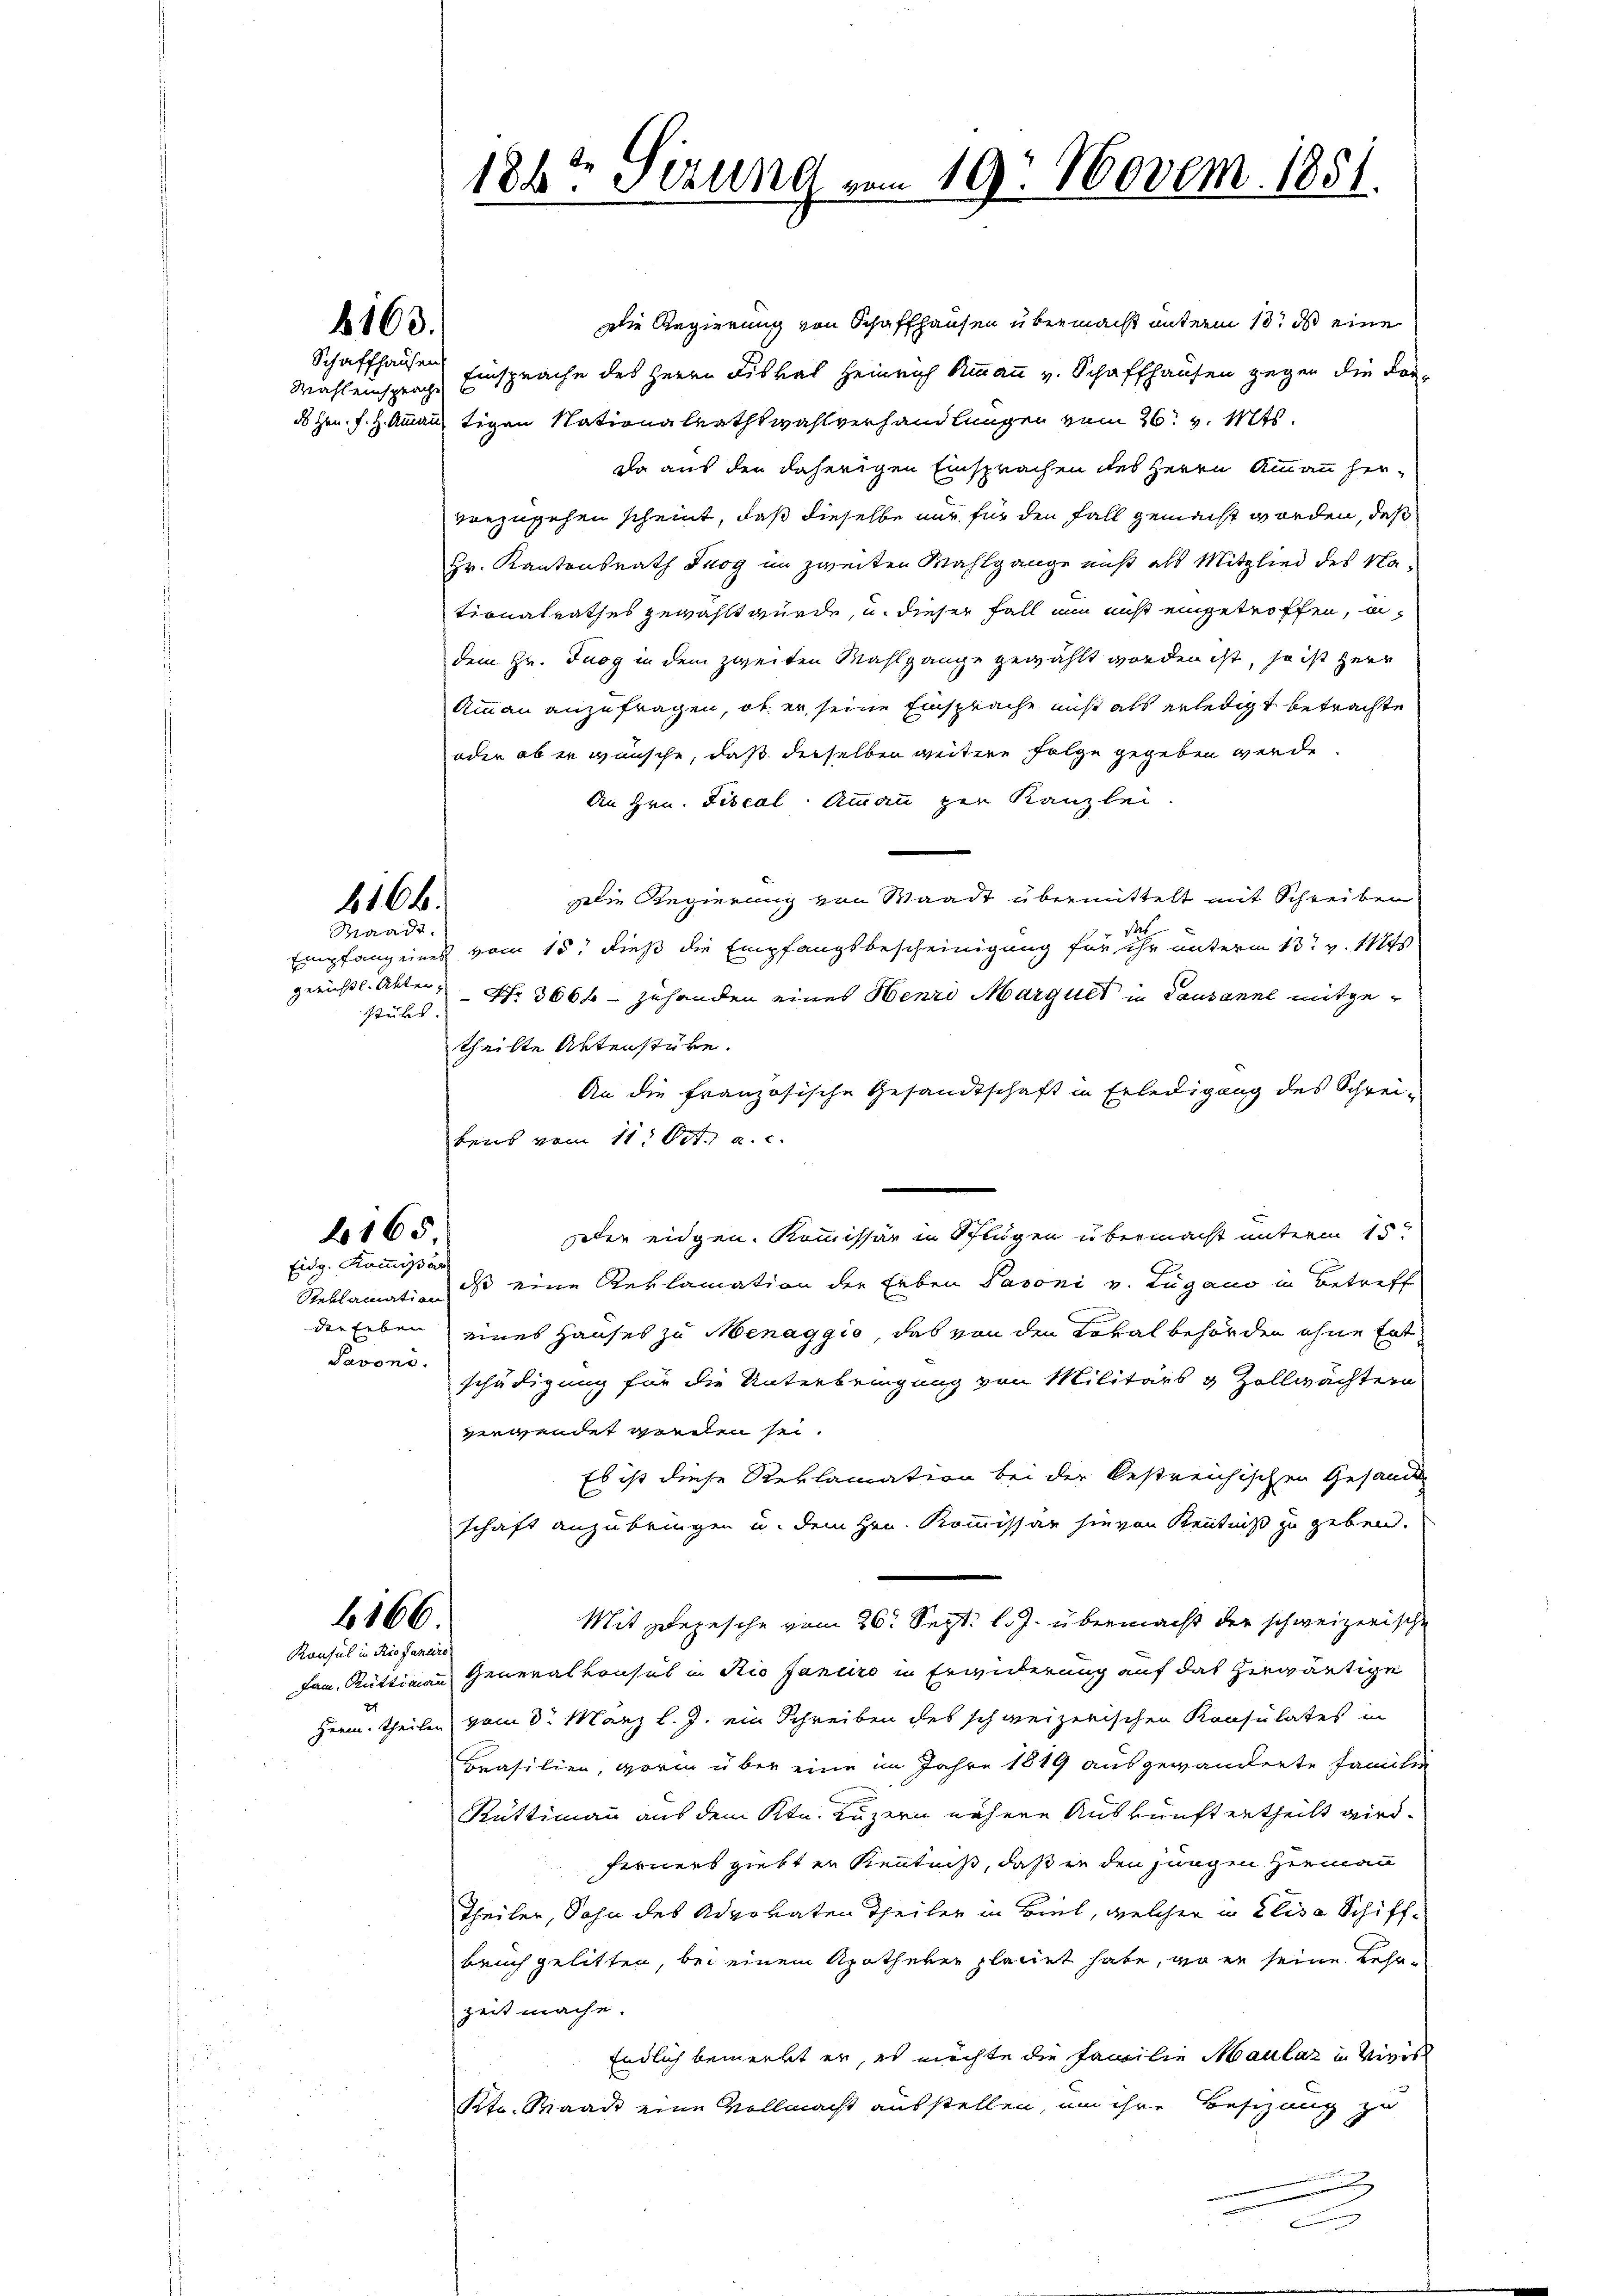
Die Regierung von Schaffhausen übermacht unterm 10t ds eine
Schaffhausen Einsprache des Herrn Fiskal Heinrich Ammann v. Schaffhausen gegen die Kor-
ds Hrn. J. H. Ammann, tigen Nationalrathswahlverhandlungen vom 26. v. Mts.
Da aus den daherigen Einsprachen des Herrn Ammann her-
vorzugehen scheint, daß dieselbe nur für den Fall gemacht worden, daß
Hr. Kantonsrath Trog im zweiten Wahlgange nicht als Mitglied des Nationalrathes gewählt wurde, u. dieser Fall nun ist eingetroffen, u
dem Hr. Tuog in dem zweiten Mahlgange gewählt worden ist, so ist herr
Ammann anzufragen, ob er seine Einsprache nicht als erledigt betrachte
oder ob er wünsche, daß derselben weitere Folge gegeben werde
An Hrn. Fiscal Ammann per Kanzlei.
zilie Regierung von Waadt übermittelt mit Schreiben
das
Empfang eines vom 15. dieß die Empfangsbescheinigung für ihr unterm 13. v. Mts
gerichtl. Akten, Nr. 3666 - zuhanden eines Henri Marquet in Lausanne mitgetheilte Aktenstüke.
An die französische Gesandtschaft in Erledigung des Schreibens vom 11. Oct. a. c.
der eidgen. Kommissär in Pflügen übermacht unterm 15te
Eidg. Kommißär
Reklamatio ist eine Reklamation der Erben Pasoni v. Lugano in Betreff
der Erben eines Hauses zu Menaggio, das von den Lokalbehörden ohne Ent¬
Javono schädigung für die Unterbringung von Militärs & Zollwächtern
verwendet worden sei.
Es ist diese Reklamation bei der bestreichischen Gesamt
schaft anzubringen u. dem Hrn. Kommissär hievon Kenntniß zu geben.
b166.
Mit Depesche vom 26. Sept. l. J. übermacht der schweizerische
Konsul in Rio Janeiro
Jan. Rüttimann Generalkonsul in Rio Janeiro in Erwiderung auf das herwärtige
2
Herrn. Theilen vom 8. März l. J. ein Schreiben des schweizerischen Konsulates in
Brasilien, worin über eine im Jahre 1819 ausgewanderte Familie
Rüttimann aus dem Ktn. Luzern nähere Auskunft ertheilt wird.
ferners giebten Kenntniß, daß in den jungen Hermann
Theiler, Sohn des Advokaten Theiler in Biel, welcher in Elisa Schiff¬
Bauch gelitten, bei einem Apotheker placiet habe, wo er seine Lehrzeit mache.
Endlich bemerkt er, es möchte die Familie Maulaz in Vivis
Kto. Waadt eine Vollmacht ausstellen, um ihre Besizung zu
e

b163.

Mahl einsprache

b16.
Waadt.

stükt.

165

184t Setzung vom 19. Novem. 1851.